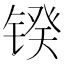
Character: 𰾥